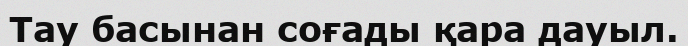
Тау басынан соғады қара дауыл.